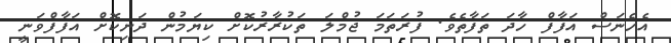
އެހެނަސް އަފާފް ހާދަ ތަފާތެވެ. ފުރަތަމަ ޖުމްލަ ތަކުރާރުކޮށް ކިޔަމުން ދަނިކޮށް އަފާފްވަނީ